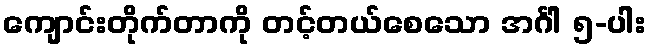
ကျောင်းတိုက်တာကို တင့်တယ်စေသော အင်္ဂါ ၅-ပါး